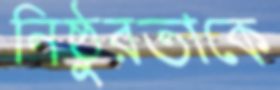
নিষ্ঠুরতাকে